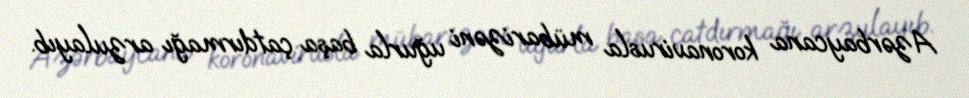
Azərbaycana koronavirusla mübarizəni uğurla başa çatdırmağı arzulayıb.